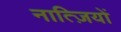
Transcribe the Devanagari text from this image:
नात्ज़ियों